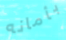
بأمانه